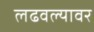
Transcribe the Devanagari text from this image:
लढवल्यावर